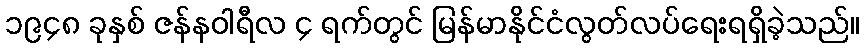
၁၉၄၈ ခုနှစ် ဇန်နဝါရီလ ၄ ရက်တွင် မြန်မာနိုင်ငံလွတ်လပ်ရေးရရှိခဲ့သည်။